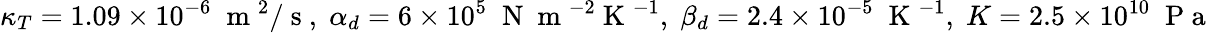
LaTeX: \kappa_{T}=1.09\times 10^{-6}\; \mathrm{~m~}^{2}/\mathrm{~s~},\; \alpha_{d}=6\times 10^{5}\; \mathrm{~N~}\mathrm{~m~}^{-2}\mathrm{~K~}^{-1},\; \beta_{d}=2.4\times 10^{-5}\; \mathrm{~K~}^{-1},\; K=2.5\times 10^{10}\; \mathrm{~P~a~}